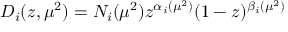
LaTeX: D _ { i } ( z , \mu ^ { 2 } ) = N _ { i } ( \mu ^ { 2 } ) z ^ { \alpha _ { i } ( \mu ^ { 2 } ) } ( 1 - z ) ^ { \beta _ { i } ( \mu ^ { 2 } ) }